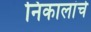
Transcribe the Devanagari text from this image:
निकालांचे